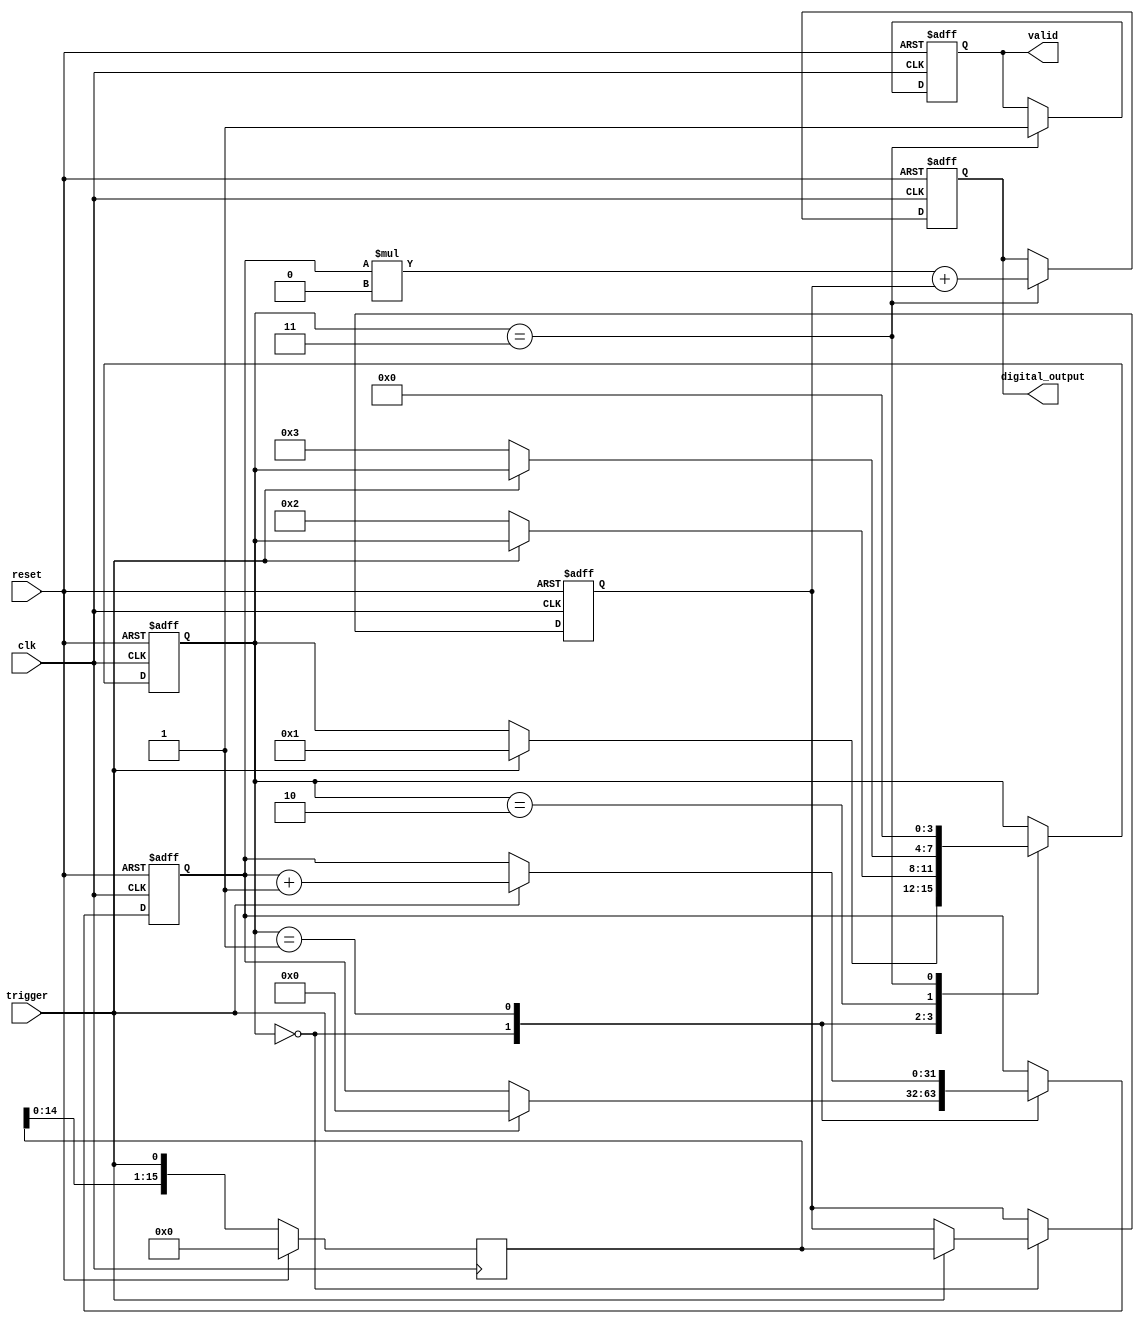
module hybrid_tdc #(
    parameter CLOCK_FREQ = 100, // Clock frequency in MHz
    parameter DELAY_LINE_DEPTH = 16 // Number of delay elements
)(
    input wire clk, // System clock
    input wire reset, // Reset signal
    input wire trigger, // Input trigger signal
    output reg [31:0] digital_output, // Output digital value
    output reg valid // Output valid flag
);

    // Internal Signals
    reg [DELAY_LINE_DEPTH-1:0] delay_line; // Delay line elements
    reg [31:0] coarse_count; // Coarse count for clock cycles
    reg [DELAY_LINE_DEPTH-1:0] fine_measurement; // Fine resolution measurement
    reg start_measurement; // Flag to start measurement
    reg measuring; // Flag to indicate if measuring
    reg [3:0] state; // State machine for control logic

    // State Definitions
    localparam IDLE = 0, START = 1, MEASURING = 2, STOP = 3;

    // Delay Line Simulation (for simple example, this would be actual delay elements)
    always @(posedge clk) begin
        if (reset) begin
            delay_line <= 0;
        end else begin
            delay_line <= {delay_line[DELAY_LINE_DEPTH-2:0], trigger}; // Shift in trigger
        end
    end

    // Main Measurement Logic
    always @(posedge clk or posedge reset) begin
        if (reset) begin
            coarse_count <= 0;
            fine_measurement <= 0;
            measuring <= 0;
            digital_output <= 0;
            valid <= 0;
            state <= IDLE;
        end else begin
            case (state)
                IDLE: begin
                    if (trigger) begin
                        measuring <= 1;
                        coarse_count <= 0; // Reset coarse count
                        fine_measurement <= delay_line; // Start fine measurement
                        state <= START;
                    end
                end
                START: begin
                    if (trigger) begin
                        coarse_count <= coarse_count + 1; // Increment coarse count
                    end else begin
                        state <= MEASURING; // Move to measuring state
                    end
                end
                MEASURING: begin
                    if (!trigger) begin
                        measuring <= 0;
                        state <= STOP; // Trigger falling edge detected
                    end
                end
                STOP: begin
                    digital_output <= coarse_count * (CLOCK_FREQ / 1000) + fine_measurement; // Combine coarse and fine
                    valid <= 1; // Set valid flag
                    state <= IDLE; // Go back to IDLE
                end
            endcase
        end
    end

endmodule